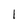
Character: 1